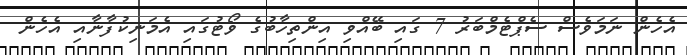
އެހެން ނަމަވެސް ސެޕްޓެމްބަރު 7 ގައި ބޭއްވި އިންތިހާބުގެ ވޯޓުގައި އެމަނިކުފާނާއި އެހެން